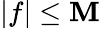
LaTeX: |f|\leq{\mathbf{M}}